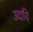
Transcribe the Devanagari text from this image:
उदायि